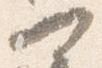
可